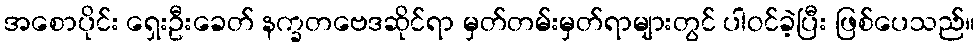
အစောပိုင်း ရှေးဦးခေတ် နက္ခတဗေဒဆိုင်ရာ မှတ်တမ်းမှတ်ရာများတွင် ပါဝင်ခဲ့ပြီး ဖြစ်ပေသည်။